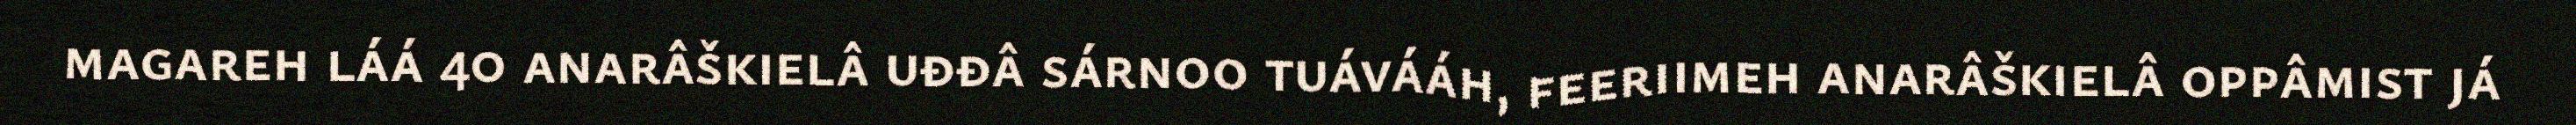
magareh láá 40 anarâškielâ uđđâ sárnoo tuávááh, feeriimeh anarâškielâ oppâmist já